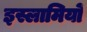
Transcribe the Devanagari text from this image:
इस्लामियों